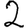
Digit: 2